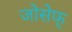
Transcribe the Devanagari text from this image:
जोसेफ्